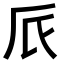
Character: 𠂢